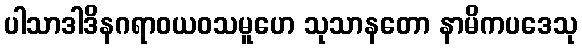
ပါသာဒါဒိနဂရာဝယဝသမူဟေ သုသာနတော နာမိကပဒေသု